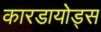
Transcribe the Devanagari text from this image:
कारडायोड्स